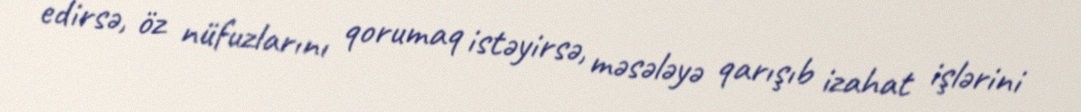
edirsə, öz nüfuzlarını qorumaq istəyirsə, məsələyə qarışıb izahat işlərini